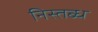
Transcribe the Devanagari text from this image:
निस्तब्ध